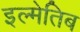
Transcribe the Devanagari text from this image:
इल्मेतिब